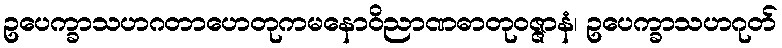
ဥပေက္ခာသဟဂတာဟေတုကမနောဝိညာဏဓာတုဝဇ္ဇာနံ၊ ဥပေက္ခာသဟဂုတ်